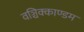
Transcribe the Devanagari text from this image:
वञ्चिक्काण्डम